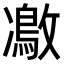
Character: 𠘜